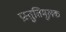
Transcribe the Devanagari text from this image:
प्रस्तुतिमूलक